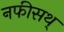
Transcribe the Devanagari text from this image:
नफीसथ्